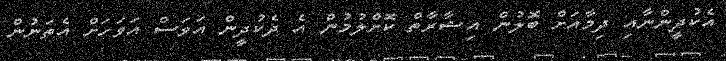
އެކުދީންނާއި ދިމާއަށް ބޮލުން އިޝާރާތް ކޮށްލުމުން އެ ދެކުދީން އަވަސް އަވަހަށް އެތަނުން